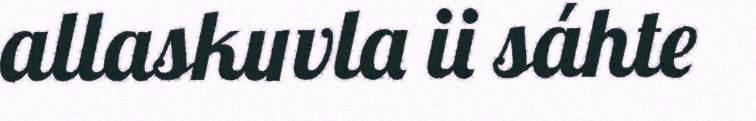
allaskuvla ii sáhte